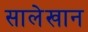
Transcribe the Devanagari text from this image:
सालेखान